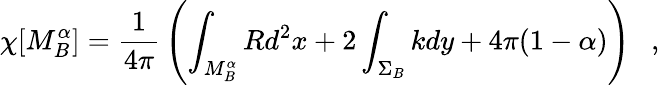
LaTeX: \chi[M_{B}^{\alpha}]={\frac{1}{4\pi}}\left(\int_{M_{B}^{\alpha}}Rd^{2}x+2\int_{\Sigma_{B}}kdy+4\pi(1-\alpha)\right)~~~,